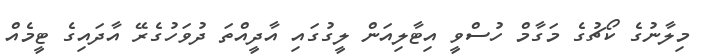
މިލާނުގެ ކޯޗުގެ މަގާމް ހުސްވީ އިޓާލިއަން ލީގުގައި އާދީއްތަ ދުވަހުގެރޭ އާދައިގެ ޓީމެއް